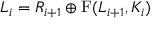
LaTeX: L _ { i } = R _ { i + 1 } \oplus \mathrm { { F } } ( L _ { i + 1 } , K _ { i } )